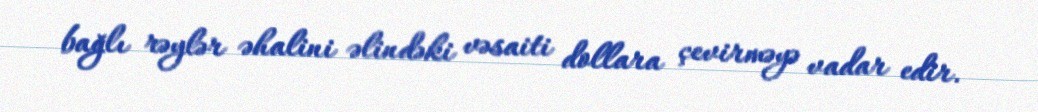
bağlı rəylər əhalini əlindəki vəsaiti dollara çevirməyə vadar edir.